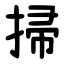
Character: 掃